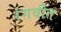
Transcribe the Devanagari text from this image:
रंगवीत